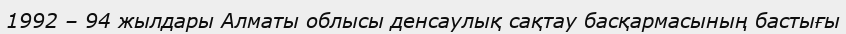
1992 – 94 жылдары Алматы облысы денсаулық сақтау басқармасының бастығы